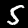
Digit: 5